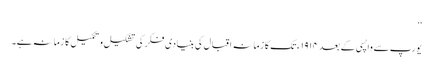
‘‘
یورپ سے واپسی کے بعد ١٩١۴ء تک کا زمانہ اقبال کی بنیادی فکر کی تشکیل و تکمیل کا زمانہ ہے۔